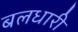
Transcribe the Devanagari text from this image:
बलधारी